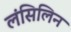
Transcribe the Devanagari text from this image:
लंसिलिन